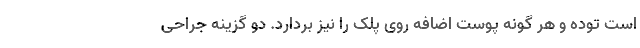
است توده و هر گونه پوست اضافه روی پلک را نیز بردارد. دو گزینه جراحی